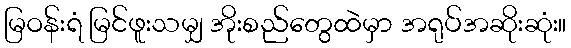
မြဝန်းရံ မြင်ဖူးသမျှ အိုးစည်တွေထဲမှာ အရုပ်အဆိုးဆုံး။